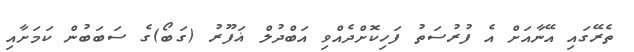
ތެރޭގައި އޭނާއަށް އެ ފުރުސަތު ފަހިކޮށްދެއްވި އަބްދުލް ޣަފޫރު (ގަބޯ)ގެ ސަބަބުން ކަމަށާއި